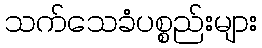
သက်သေခံပစ္စည်းများ